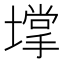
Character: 𡑄